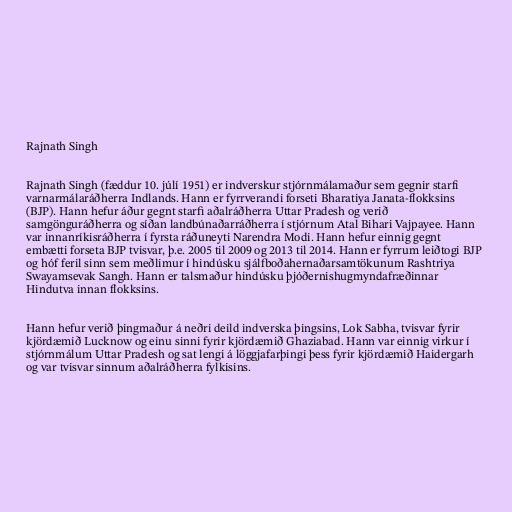
Rajnath Singh

Rajnath Singh (fæddur 10. júlí 1951) er indverskur stjórnmálamaður sem gegnir starfi
varnarmálaráðherra Indlands. Hann er fyrrverandi forseti Bharatiya Janata-flokksins
(BJP). Hann hefur áður gegnt starfi aðalráðherra Uttar Pradesh og verið
samgönguráðherra og síðan landbúnaðarráðherra í stjórnum Atal Bihari Vajpayee. Hann
var innanríkisráðherra í fyrsta ráðuneyti Narendra Modi. Hann hefur einnig gegnt
embætti forseta BJP tvisvar, þ.e. 2005 til 2009 og 2013 til 2014. Hann er fyrrum leiðtogi BJP
og hóf feril sinn sem meðlimur í hindúsku sjálfboðahernaðarsamtökunum Rashtriya
Swayamsevak Sangh. Hann er talsmaður hindúsku þjóðernishugmyndafræðinnar
Hindutva innan flokksins.

Hann hefur verið þingmaður á neðri deild indverska þingsins, Lok Sabha, tvisvar fyrir
kjördæmið Lucknow og einu sinni fyrir kjördæmið Ghaziabad. Hann var einnig virkur í
stjórnmálum Uttar Pradesh og sat lengi á löggjafarþingi þess fyrir kjördæmið Haidergarh
og var tvisvar sinnum aðalráðherra fylkisins.